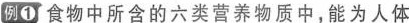
例1 食物中所含的六类营养物质中，能为人体